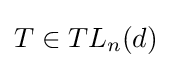
T\in TL_{n}(d)